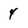
Character: 4